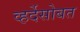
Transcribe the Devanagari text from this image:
व्हर्देसोबत